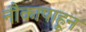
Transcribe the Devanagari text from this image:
नौकापाहून